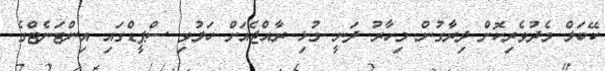
ކޭބަލް މެދުވެރިކޮށް ދިރާގުން މިހާރު ދަނީ މުޅި ރާއްޖެއަށް ހަލުވި ސްޕީޑްގައި އިންޓަނެޓްގެ